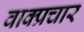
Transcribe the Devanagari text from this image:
वाक्‍प्रचार